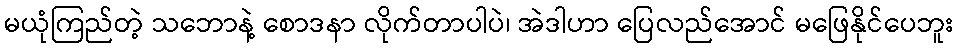
မယုံကြည်တဲ့ သဘောနဲ့ စောဒနာ လိုက်တာပါပဲ၊ အဲဒါဟာ ပြေလည်အောင် မဖြေနိုင်ပေဘူး